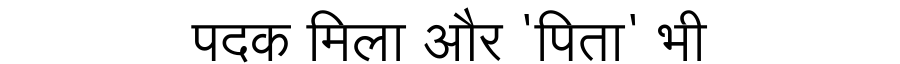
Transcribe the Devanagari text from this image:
पदक मिला और 'पिता' भी